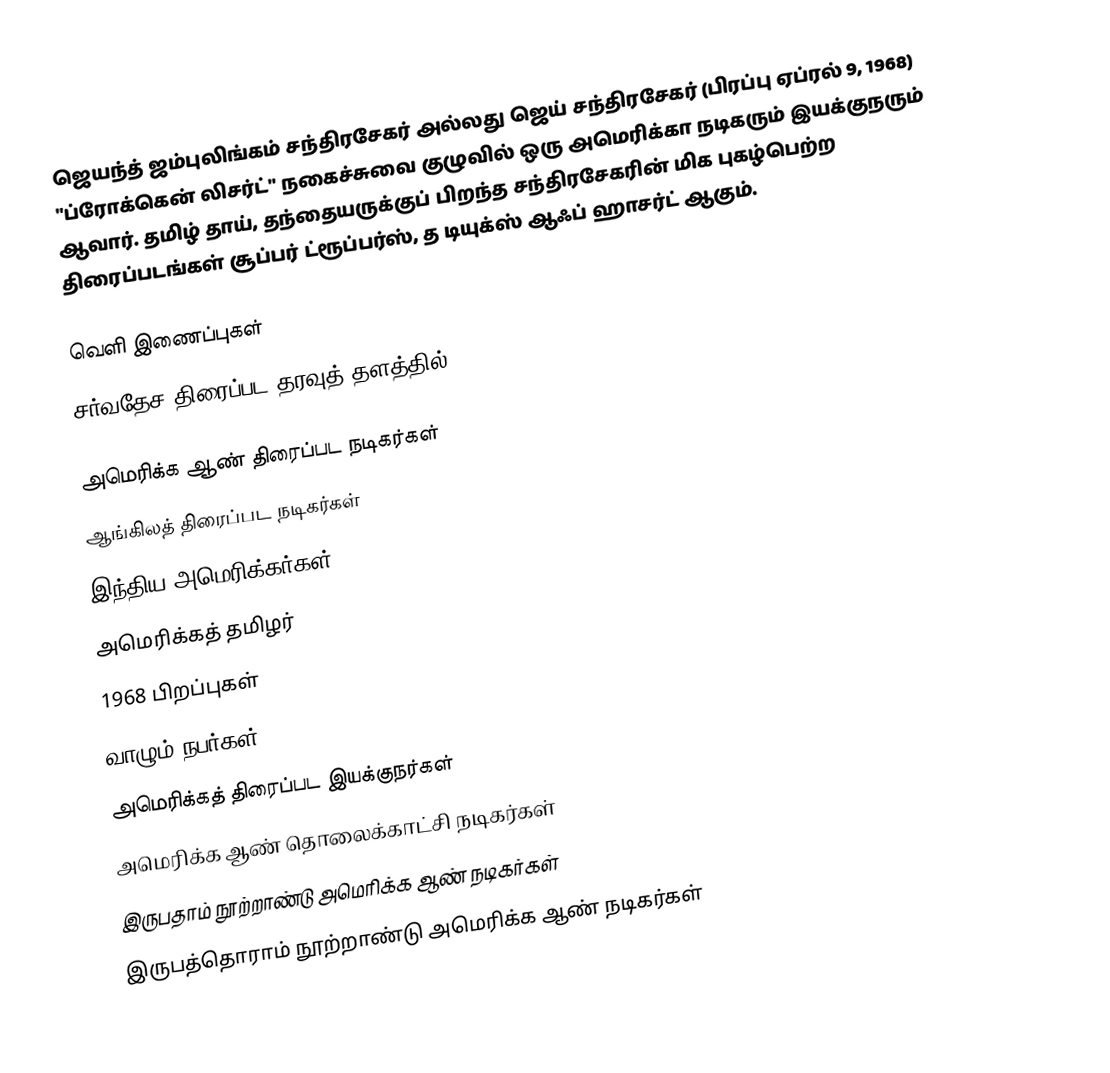
ஜெயந்த் ஜம்புலிங்கம் சந்திரசேகர் அல்லது ஜெய் சந்திரசேகர் (பிரப்பு ஏப்ரல் 9, 1968) "ப்ரோக்கென் லிசர்ட்" நகைச்சுவை குழுவில் ஒரு அமெரிக்கா நடிகரும் இயக்குநரும் ஆவார். தமிழ் தாய், தந்தையருக்குப் பிறந்த சந்திரசேகரின் மிக புகழ்பெற்ற திரைப்படங்கள் சூப்பர் ட்ரூப்பர்ஸ், த டியுக்ஸ் ஆஃப் ஹாசர்ட் ஆகும்.

வெளி இணைப்புகள்
 சர்வதேச திரைப்பட தரவுத் தளத்தில்

அமெரிக்க ஆண் திரைப்பட நடிகர்கள்
ஆங்கிலத் திரைப்பட நடிகர்கள்
இந்திய அமெரிக்கர்கள்
அமெரிக்கத் தமிழர்
1968 பிறப்புகள்
வாழும் நபர்கள்
அமெரிக்கத் திரைப்பட இயக்குநர்கள்
அமெரிக்க ஆண் தொலைக்காட்சி நடிகர்கள்
இருபதாம் நூற்றாண்டு அமெரிக்க ஆண் நடிகர்கள்
இருபத்தொராம் நூற்றாண்டு அமெரிக்க ஆண் நடிகர்கள்